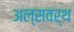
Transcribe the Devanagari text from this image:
अल्सवर्थ